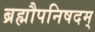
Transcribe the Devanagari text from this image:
ब्रह्मौपनिषदम्